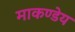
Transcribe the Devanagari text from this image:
माकण्डेय